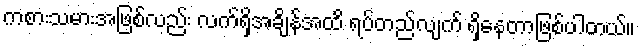
ကစားသမားအဖြစ်လည်း လက်ရှိအချိန်အထိ ရပ်တည်လျက် ရှိနေတာဖြစ်ပါတယ်။